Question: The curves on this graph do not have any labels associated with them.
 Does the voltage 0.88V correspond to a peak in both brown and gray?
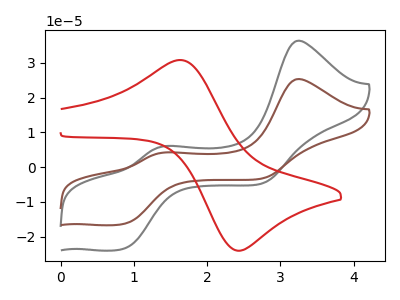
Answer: <think>The gray curve "gray" has anodic peaks at (3.25V, 36.35uA) (1.45V, 6.00uA) and cathodic peaks at (0.90V, -23.40uA) (2.75V, -4.70uA). The brown curve "brown" has anodic peaks at (3.25V, 25.35uA) (1.45V, 4.20uA) and cathodic peaks at (0.90V, -16.30uA) (2.75V, -3.25uA). The red curve "red" has an anodic peak at (1.65V, 30.80uA) and a cathodic peak at (2.45V, -24.10uA).</think>
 <answer>Yes, "brown" and "gray" share a peak at 0.88V.</answer>
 <eval>match</eval>